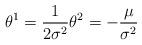
LaTeX: \begin{align*}\theta^1 = \frac{1}{2\sigma^2}\theta^2 = - \frac{\mu}{\sigma^2}\end{align*}